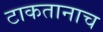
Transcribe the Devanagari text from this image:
टाकतानाच